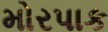
મોરપાક